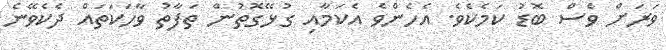
ވަރަށް ވެސް ބޮޑު ކަމެކެވެ. އެހެންވެ އެކަމާއި ގުޅޭގޮތުން ތަފާތު ވާހަކަތައް ދެކެވޭނެ